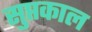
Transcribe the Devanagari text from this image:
सुप्तकाल